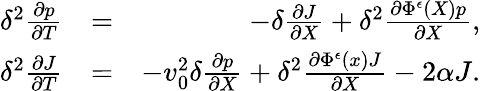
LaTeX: \begin{array}{rlr}{\delta^{2}\frac{\partial p}{\partial T}}&{=}&{-\delta\frac{\partial J}{\partial X}+\delta^{2}\frac{\partial\Phi^{\epsilon}(X)p}{\partial X},}\\ {\delta^{2}\frac{\partial J}{\partial T}}&{=}&{-v_{0}^{2}\delta\frac{\partial p}{\partial X}+\delta^{2}\frac{\partial\Phi^{\epsilon}(x)J}{\partial X}-2\alpha J.}\end{array}